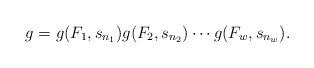
LaTeX: \begin{align*}g=g(F_1,s_{n_1}) g(F_2,s_{n_2})\cdots g(F_w,s_{n_w}).\end{align*}